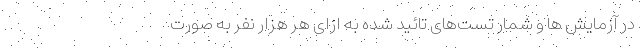
در آزمایش ‌ها و شمار تست‌های تائید شده به ازای هر هزار نفر به صورت